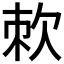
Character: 𭭇